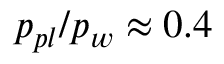
p _ { p l } / p _ { w } \approx 0 . 4